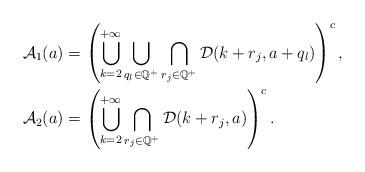
LaTeX: \begin{align*}\mathcal{A}_{1}(a) & = \left(\bigcup_{k=2}^{+\infty} \bigcup_{q_l\in \mathbb{Q}^+} \bigcap_{r_j\in \mathbb{Q}^+} \mathcal{D}(k+r_j,a+q_l)\right)^c, \\\mathcal{A}_{2}(a) & = \left(\bigcup_{k=2}^{+\infty} \bigcap_{r_j\in \mathbb{Q}^+} \mathcal{D}(k+r_j,a)\right)^c.\end{align*}